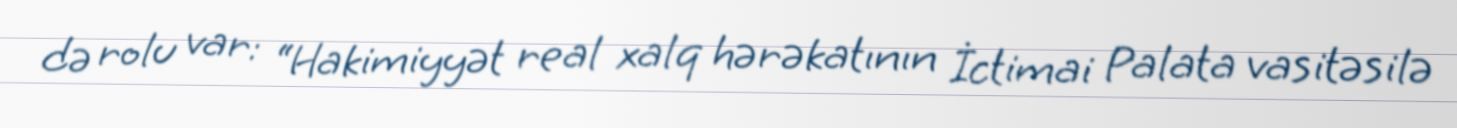
də rolu var: “Hakimiyyət real xalq hərəkatının İctimai Palata vasitəsilə